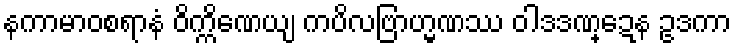
နကာမာဝစရာနံ ဝိက္ကိဏေယျ ကပိလဗြာဟ္မဏဿ ဝါဒဒဏ္ဍေန ဥဒကာ